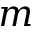
m